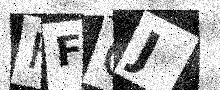
Text: FFGJ